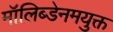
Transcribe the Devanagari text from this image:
मॉलिब्डेनमयुक्त